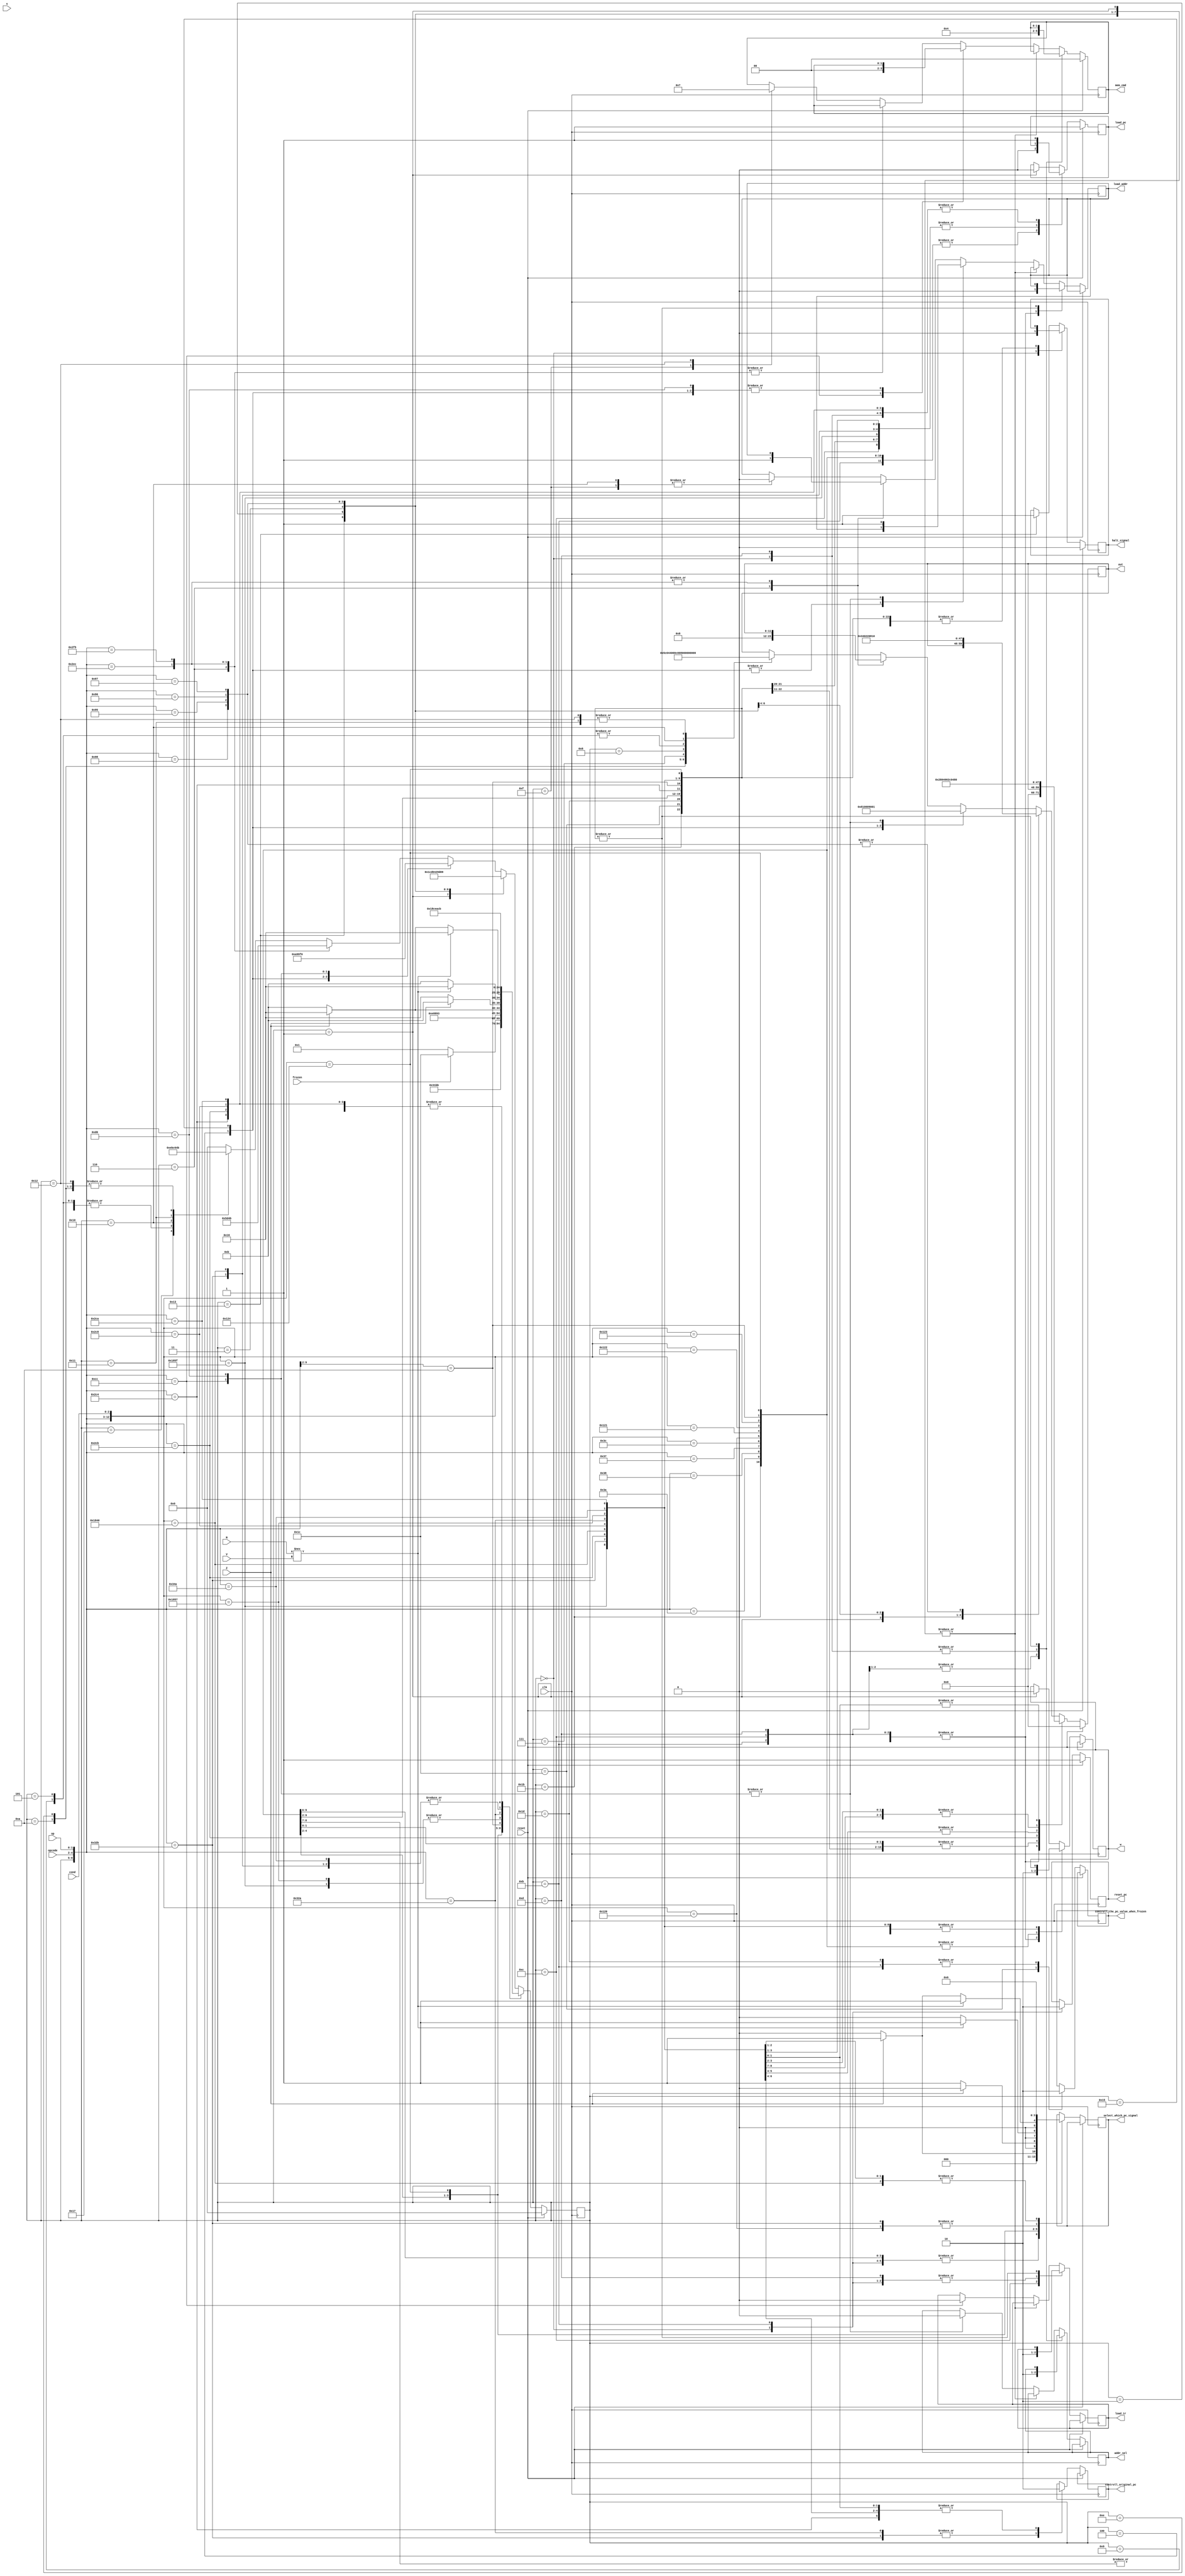

`define beginning_state 5'b00000
`define decode_state 5'b00001
`define mov_state 5'b00010
`define getnumA_state 5'b00011
`define getnumB_state 5'b00100
`define shift_state 5'b00101
`define add_operation 5'b00110
`define minus_operation 5'b00111
`define and_operation 5'b01000
`define what_operation 5'b01001
`define store_state_one 5'b01010

`define store_state_two 5'b01110

`define IF1 5'b01011
`define IF2 5'b01100
`define UPDATEPC 5'b01101

`define LDR 5'b01111

`define STR 5'b10000
`define STR2 5'b10001
`define STR3 5'b10010

`define stop 5'b10011

`define shabi 5'b10100
`define hapi 5'b10101
`define seperate 5'b10111

`define pc_plus_1_plus_sximm 5'b10110

`define table_2 5'b11000

`define save_pc_value 5'b11001

`define BLX_RD 5'b11010

`define whether_frozen 5'b11011
`define whether_frozen_add_data 5'b11100
`define finish_load_pc_value 5'b11101

module SM(opcode, op, reset, clk, s, out, w, mem_cmd, addr_sel, load_pc, reset_pc, load_addr, load_ir, cond, Z, N, V, 

select_which_pc_signal, halt_signal, 

controll_original_pc, frozen, controll_the_pc_value_when_frozen);

	input [2:0] opcode;
	input [1:0] op;
	input reset;
	input clk;
	input s;
	
	input [2:0] cond;//.......new.......
	input Z, N, V;//.......new.......
	
	input frozen;
	
	output reg [11:0] out;
	output reg w;
	output reg [1:0] mem_cmd;
	output reg addr_sel;
	output reg load_pc;
	output reg reset_pc;
	output reg load_addr;
	output reg load_ir;
	
	output reg [1:0]select_which_pc_signal;//..........select which pc needed............
	
	output reg halt_signal;
	
	output reg controll_original_pc;
	
	output reg controll_the_pc_value_when_frozen;
	
	reg  [4:0]currentstate;
	reg  [4:0]nextstate;
	
	
	
	

	always @(posedge clk) begin
	
	if(reset) begin
		nextstate = `beginning_state;
        reset_pc = 1;
        load_pc = 1;
		mem_cmd = 2'b00;
		out = 12'b000000000000;//nsel(3),vsel(2),write(1),loada(1),loadb(1),loadc(1),loads(1),asel(1),bsel(1)
		halt_signal = 0; 
	end
	else begin
		casex ({currentstate, opcode, op, cond}) 
		
		{`beginning_state, 3'bxxx, 2'bxx, 3'bxxx}: begin
			nextstate = `IF1;
			out = 12'b000000000000;	  //nsel(3),vsel(2),write(1),loada(1),loadb(1),loadc(1),loads(1),asel(1),bsel(1)
			w = 1'b1;
			mem_cmd = 2'b00;
			load_ir = 0;
			load_addr = 0;
			addr_sel = 0;
			reset_pc = 1;
			load_pc = 1;
			halt_signal = 0;
			select_which_pc_signal = 2'b00;
		end
		
		{`IF1, 3'bxxx, 2'bxx, 3'bxxx}: begin
			nextstate = `IF2;
			controll_the_pc_value_when_frozen = 0;
			out = 12'b000000000000;	  //nsel(3),vsel(2),write(1),loada(1),loadb(1),loadc(1),loads(1),asel(1),bsel(1)
			w = 1'b1;
			mem_cmd = 2'b01;//
			load_ir = 0;//
			load_addr = 0;
			addr_sel = 1;
			reset_pc = 0;
			load_pc = 0;
			select_which_pc_signal = 2'b00;
			
		end
		{`IF2, 3'bxxx, 2'bxx, 3'bxxx}: begin
			nextstate = `UPDATEPC;
			out = 12'b000000000000;	  //nsel(3),vsel(2),write(1),loada(1),loadb(1),loadc(1),loads(1),asel(1),bsel(1)
			w = 1;
			mem_cmd = 2'b01;//
			load_ir = 1;
			load_addr = 0;
			addr_sel = 1;
		end
		{`UPDATEPC, 3'bxxx, 2'bxx, 3'bxxx}:begin//output the loadpc
			nextstate = `whether_frozen;
			out = 12'b000000000000;	  //nsel(3),vsel(2),write(1),loada(1),loadb(1),loadc(1),loads(1),asel(1),bsel(1)
			w = 1;
			mem_cmd = 2'b00;//
			load_ir = 0;
			load_addr = 0;
			addr_sel = 0;
			load_pc = 1;
		end
		
		{`whether_frozen, 3'bxxx, 2'bxx, 3'bxxx}:begin//frozen the state
			w = 0;
		    load_pc = 0;
			if(frozen)begin
				nextstate = `whether_frozen_add_data;//if frozen next step
			end
			else begin
				nextstate = `decode_state;//else go to the decode step
			end
		end
		
		{`whether_frozen_add_data, 3'bxxx, 2'bxx, 3'bxxx}:begin//
			controll_the_pc_value_when_frozen = 1;
			nextstate = `finish_load_pc_value;
		end
		{`finish_load_pc_value, 3'bxxx, 2'bxx, 3'bxxx}:begin//
			controll_the_pc_value_when_frozen = 0;
			nextstate = `IF1;
			
		end
		//..........................................................................................................................
	
		
		{`decode_state, 3'b110, 2'b10, 3'bxxx}: begin//seperate into 5 paths 
			load_pc = 0;
			w = 0;
			select_which_pc_signal = 2'b00;
			nextstate = `mov_state;// get the value from another register
		end
		
		{`decode_state, 3'b110, 2'b00, 3'bxxx}: begin
			load_pc = 0;
			w = 0;
			select_which_pc_signal = 2'b00;
			nextstate = `getnumB_state;// get the new value
		end		
		
		{`decode_state, 3'b101, 2'b11, 3'bxxx}: begin
			load_pc = 0;
			w = 0;
			select_which_pc_signal = 2'b00;
			nextstate = `getnumB_state;//get another new value
		end				
		{`decode_state, 3'b111, 2'b00, 3'bxxx}: begin
			load_pc = 0;
			w = 0;
			select_which_pc_signal = 2'b00;
			nextstate = `stop;//halt
		end
		//..........................................................................              tabel            ................................................
		{`decode_state, 3'b001, 2'b00, 3'b000}: begin//when meet 001_00_000 
			w = 0;
			load_pc = 0;
			
			select_which_pc_signal = 2'b01;
			
			nextstate = `pc_plus_1_plus_sximm;
		end
		{`decode_state, 3'b001, 2'b00, 3'b001}: begin//when meet 001_00_001
			w = 0;
			load_pc = 0;
			if(Z == 1)begin
				select_which_pc_signal = 2'b01;
				nextstate = `pc_plus_1_plus_sximm;
			end
			else begin
				select_which_pc_signal = 2'b00;
				nextstate = `IF1;
			end

		end

		{`decode_state, 3'b001, 2'b00, 3'b010}: begin//when meet 001_00_010
			w = 0;
			load_pc = 0;
			if(Z == 0)begin
				select_which_pc_signal = 2'b01;
				nextstate = `pc_plus_1_plus_sximm;
			end
			else begin
				nextstate = `IF1;
				select_which_pc_signal = 2'b00;
			end
			
			
		end

		{`decode_state, 3'b001, 2'b00, 3'b011}: begin//when meet 001_00_011
			w = 0;
			load_pc = 0;
			if(N !== V)begin
				nextstate = `pc_plus_1_plus_sximm;
				select_which_pc_signal = 2'b01;
			end
			else begin
				nextstate = `IF1;
				select_which_pc_signal = 2'b00;
			end

			
		end
		{`decode_state, 3'b001, 2'b00, 3'b100}: begin//when meet 001_00_100
			w = 0;
			load_pc = 0;
			if(N !== V )begin
			
				nextstate = `pc_plus_1_plus_sximm;
				select_which_pc_signal = 2'b01;
				
			end
			else if(Z == 1)begin
				nextstate = `pc_plus_1_plus_sximm;
				select_which_pc_signal = 2'b01;
			end
			else begin
			
				nextstate = `IF1;
				select_which_pc_signal = 2'b00;
				
			end
			
		end
		
		{`pc_plus_1_plus_sximm, 3'b001, 2'b00, 3'bxxx}: begin//
			controll_original_pc = 0;//
			load_pc = 1;
			nextstate = `IF1;
		end
		
		
		
		
		
		
		
		//                                                                                table 2
		
		{`decode_state, 3'b010, 2'bxx, 3'bxxx}: begin//
			load_pc = 0;
			w = 0;
			nextstate = `table_2;
		end
		
		
		//......................................................................................................................................
		
		{`table_2, 3'b010, 2'b11, 3'b111}:begin
			out = 12'b001_01_1_000000;
			nextstate = `save_pc_value;
		end
		
		{`save_pc_value, 3'b010, 2'b11, 3'bxxx}: begin//
			controll_original_pc = 1;
			out = 12'b001_01_1_000000;
			select_which_pc_signal = 2'b01;
			nextstate = `pc_plus_1_plus_sximm;
		end
		
		{`pc_plus_1_plus_sximm, 3'b010, 2'b11, 3'bxxx}: begin//
			controll_original_pc = 0;
			out = 12'b001_01_0_000000;
			load_pc = 1;
			nextstate = `IF1;
		end
		
		
		
		{`table_2, 3'b010, 2'b00, 3'b000}:begin  //RD 01
			controll_original_pc = 0;
			out = 12'b010_00_0_000000;
			select_which_pc_signal = 2'b10;
			nextstate = `pc_plus_1_plus_sximm;
		end
		{`pc_plus_1_plus_sximm, 3'b010, 2'b00, 3'bxxx}: begin//
			controll_original_pc = 0;
			out = 12'b010_00_0_000000;
			load_pc = 1;
			nextstate = `IF1;
		end
		
		
		
		{`table_2, 3'b010, 2'b10, 3'b111}:begin
			out = 12'b001_01_1_000000;
			nextstate = `save_pc_value;
		end
		
		{`save_pc_value, 3'b010, 2'b10, 3'bxxx}: begin//
			controll_original_pc = 1;
			out = 12'b001_01_1_000000;
			select_which_pc_signal = 2'b10;
			nextstate = `BLX_RD;
		end
		{`BLX_RD, 3'b010, 2'b10, 3'bxxx}:begin
			out = 12'b010_01_0_000000;
			controll_original_pc = 0;
			select_which_pc_signal = 2'b10;
			nextstate = `pc_plus_1_plus_sximm;
		end
		
		{`pc_plus_1_plus_sximm, 3'b010, 2'b10, 3'bxxx}: begin//
			controll_original_pc = 0;
			out = 12'b010_01_0_000000;
			load_pc = 1;
			nextstate = `IF1;
		end
		
		
		
		
		//...............................................................................................................................................................
	
		{`decode_state, 3'bxxx, 2'bxx, 3'bxxx}: begin//.................................................................................
			load_pc = 0;
			w = 0;
			nextstate = `getnumA_state;
		end	
		
		{`stop, 3'bxxx, 2'bxx, 3'bxxx}: begin//halt
			nextstate = `stop;
			halt_signal = 1;
			out = 12'b000000000000;
		end	
		
		
		
		{`mov_state, 3'bxxx, 2'bxx, 3'bxxx}: begin//return to IF1
			out = 12'b001_10_1_000000;	  //nsel(3),vsel(2),write(1),loada(1),loadb(1),loadc(1),loads(1),asel(1),bsel(1)									
            nextstate = `IF1;
        end
		
		{`getnumA_state, 3'bxxx, 2'bxx, 3'bxxx}: begin
			out = 12'b001_00_0_100000;	  //nsel(3),vsel(2),write(1),loada(1),loadb(1),loadc(1),loads(1),asel(1),bsel(1);
            nextstate = `getnumB_state;
        end
		
        {`getnumB_state, 3'b110, 2'b00, 3'bxxx}: begin
			out = 12'b100_00_0_010000;
			nextstate = `shift_state;
		end
		
        {`getnumB_state, 3'b101, 2'b01, 3'bxxx}: begin//compare
			out = 12'b100_00_0_010000;
			nextstate = `minus_operation;
		end		
		
		{`getnumB_state, 3'b101, 2'b10, 3'bxxx}: begin//and
			out = 12'b100_00_0_010000;
			nextstate = `and_operation;
		end
		
		{`getnumB_state, 3'b101, 2'b11, 3'bxxx}: begin//nor
			out = 12'b100_00_0_010000;
			nextstate = `what_operation;
		end
		
		{`getnumB_state, 3'bxxx, 2'bxx, 3'bxxx}: begin// to wait state
			out = 12'b100_00_0_010000;
			nextstate = `hapi;
		end
		
		{`hapi, 3'bxxx, 2'bxx, 3'bxxx}: begin// wait state,change the value of loadb
			nextstate = `add_operation;
			out = 12'b000000001001;
		end
		
		{`add_operation, 3'b011, 2'b00, 3'bxxx}: begin//seperate the LDR and STR and real and process
			out = 12'b000_00_0_000001; // selects A; selects B; nsel(3),vsel(2),write(1),loada(1),loadb(1),loadc(1),loads(1),asel(1),bsel(1)
            load_addr = 1;
			addr_sel = 0;
			load_ir = 0;
			mem_cmd = 2'b00;
			nextstate = `LDR;
		end
		
		{`add_operation, 3'b100, 2'b00, 3'bxxx}: begin
			out = 12'b000_00_0_000001; // selects A; selects B; nsel(3),vsel(2),write(1),loada(1),loadb(1),loadc(1),loads(1),asel(1),bsel(1)
            load_addr = 1;
			addr_sel = 0;
			nextstate = `STR;
		end
		
		{`add_operation, 3'bxxx, 2'bxx, 3'bxxx}: begin
			out = 12'b000_00_0_001000; // selects A; selects B; nsel(3),vsel(2),write(1),loada(1),loadb(1),loadc(1),loads(1),asel(1),bsel(1)
            load_addr = 1;
			nextstate = `seperate;
			
		end
		{`seperate, 3'b011, 2'b00, 3'bxxx}: begin//the wait state before store state. and sepearte into two paths
			nextstate = `store_state_one;
		end
		{`seperate, 3'b101, 2'b01, 3'bxxx}: begin//the wait state before store state. and sepearte into two paths
		
			nextstate = `IF1;
		end
		
		{`seperate, 3'bxxx, 2'bxx, 3'bxxx}: begin
			nextstate = `store_state_two;
		end
		
        {`store_state_one, 3'bxxx, 2'bxx, 3'bxxx}: begin
			out = 12'b010_11_1_000000; // 
            nextstate = `IF1;
        end
		
		{`store_state_two, 3'bxxx, 2'bxx, 3'bxxx}: begin
			out = 12'b010_00_1_000000; // 
            nextstate = `IF1;	
		end
		//....................................................................................
		{`minus_operation, 3'bxxx, 2'bxx, 3'bxxx}: begin//sepearte into two store path, to the wair state
			out = 12'b000000001100;// 
			nextstate = `seperate;
        end
        {`and_operation, 3'bxxx, 2'bxx, 3'bxxx}: begin
			out = 12'b000000001000; //
            nextstate = `seperate;
        end
		
        {`what_operation, 3'bxxx, 2'bxx, 3'bxxx}: begin
			out = 12'b000000001010; 
            nextstate = `seperate;
        end
		
        {`shift_state, 3'bxxx, 2'bxx, 3'bxxx}: begin
			out = 12'b000000001010; // 
			nextstate = `seperate;
		end
		
		{`LDR, 3'bxxx, 2'bxx, 3'bxxx}: begin
			mem_cmd = 2'b01;
			load_addr = 1'b0;
            nextstate = `seperate;    
		end
		
        {`STR, 3'bxxx, 2'bxx, 3'bxxx}: begin
			out = 12'b010_00_0_010000;
            load_addr = 1'b0;
            nextstate = `STR2;
        end
		
        {`STR2, 3'bxxx, 2'bxx, 3'bxxx}: begin
			out = 12'b010_00_0_001010;
            nextstate = `STR3;
        end
		
        {`STR3, 3'bxxx, 2'bxx, 3'bxxx}: begin
			out = 12'b010_00_0_001010;
            mem_cmd = 2'b11;
            nextstate = `IF1;
        end
		default: begin
            nextstate = `beginning_state;
        end
		endcase
	end
	currentstate = nextstate;
	end
endmodule